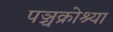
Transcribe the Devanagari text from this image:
पञ्चक्रोश्या